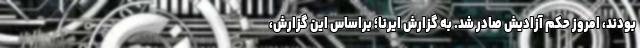
بودند، امروز حکم آزادیش صادر شد. به گزارش ایرنا؛ براساس این گزارش،